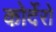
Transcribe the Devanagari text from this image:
कोर्देरो